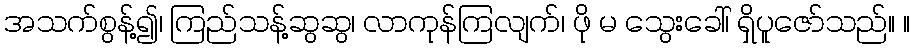
အသက်စွန့်၍၊ ကြည်သန့်ဆွဆွ၊ လာကုန်ကြလျက်၊ ဖို မ သွေးခေါ်၊ ရှိပူဇော်သည်။ ။